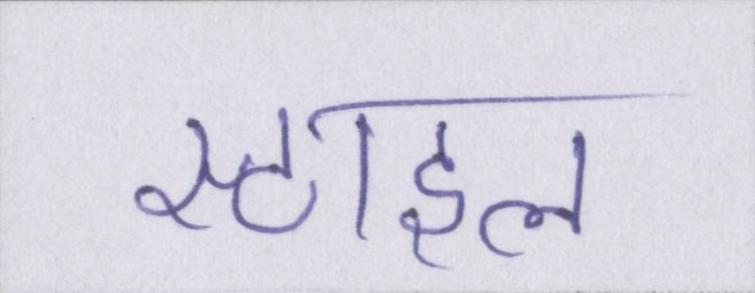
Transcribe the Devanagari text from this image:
स्टाइल